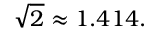
{ \sqrt { 2 } } \approx 1 . 4 1 4 .